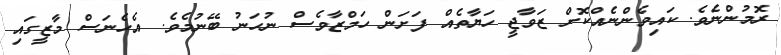
ރޮމުންނެވެ. ކައިވެންނެއްކޮށް ޒަވާޖީ ހަޔާތެއް ފަށަން ހަމްޒާވެސް ނުހަނު ބޭނުމެވެ. އެހެނަސް މާޒީގައި